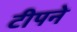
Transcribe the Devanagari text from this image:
टीपने